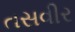
તસવીર